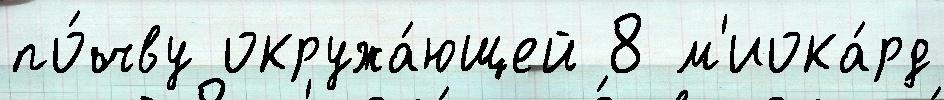
по́чву окружа́ющей 8 м'иока́рд